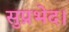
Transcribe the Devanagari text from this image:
सुप्रभेद।